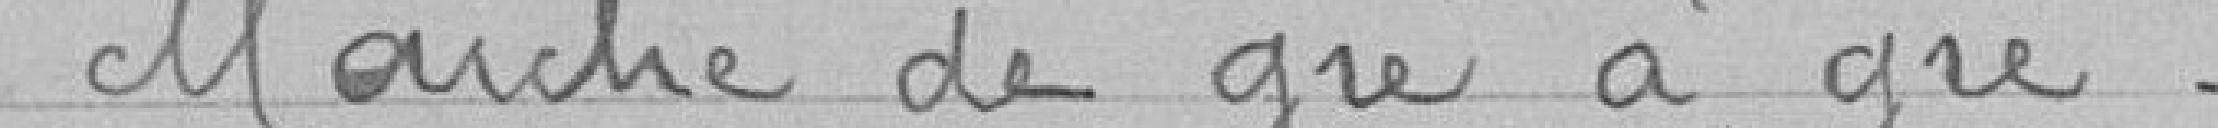
Marché de gré à gré